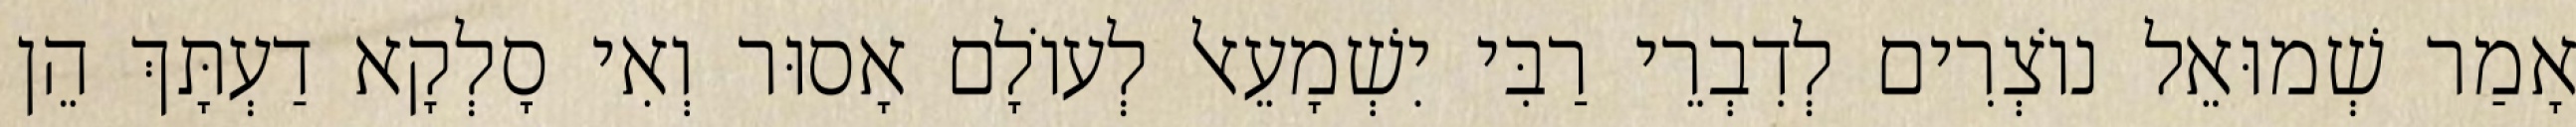
אָמַר שְׁמוּאֵל נוֹצְרִים לְדִבְרֵי רַבִּי יִשְׁמָעֵאל לְעוֹלָם אָסוּר וְאִי סָלְקָא דַעְתָּךְ הֵן